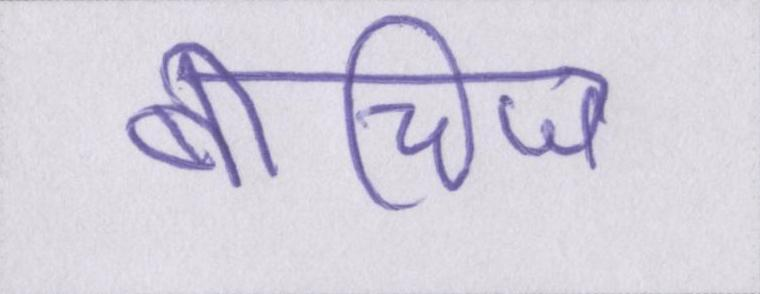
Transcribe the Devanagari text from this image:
बीचिज